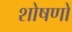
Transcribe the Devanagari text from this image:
शोषणों